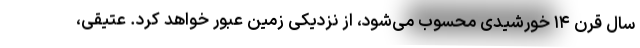
سال قرن ۱۴ خورشیدی محسوب می‌شود، از نزدیکی زمین عبور خواهد کرد. عتیقی،